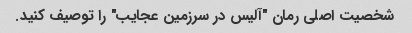
شخصیت اصلی رمان "آلیس در سرزمین عجایب" را توصیف کنید.